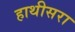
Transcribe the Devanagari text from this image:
हाथीसरा